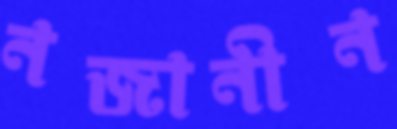
নজানীন